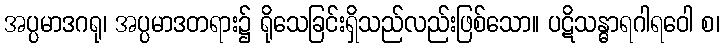
အပ္ပမာဒဂရု၊ အပ္ပမာဒတရား၌ ရိုသေခြင်းရှိသည်လည်းဖြစ်သော။ ပဋိသန္ဓာရဂါရဝေါ စ၊